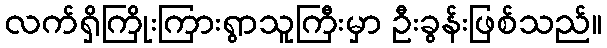
လက်ရှိကြိုးကြားရွာသူကြီးမှာ ဦးခွန်းဖြစ်သည်။